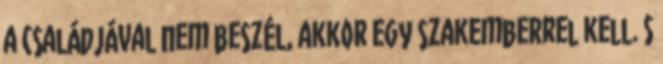
a családjával nem beszél, akkor egy szakemberrel kell. S